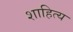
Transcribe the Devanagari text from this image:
शाहित्य